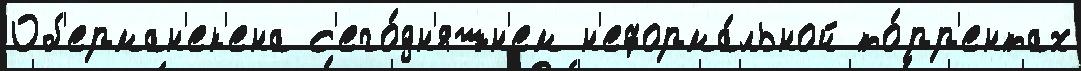
Об'ерман'ек'ена с'его́дн'яшн'ем н'еформа́льной то́рр'ентах